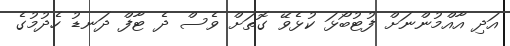
އަދި އާއްމުންނަށް ފުޓުބޯޅަ ކުޅެވޭ ގޮތަށް ވެސް ދެ ޓާފް ދަނޑު ހެދުމުގެ